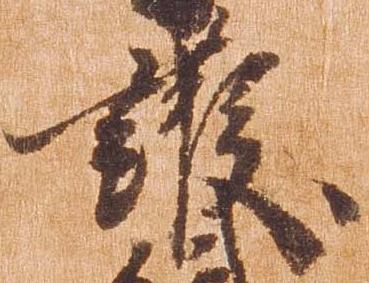
護